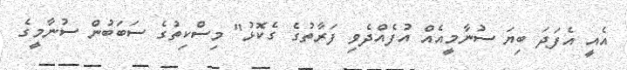
އެއީ އެފަދަ ބިޔަ ސުނާމީއެއް އުފެއްދެވި ފަރާތުގެ ގެކޮޅު" މިސްކިތުގެ ސަބަބުން ސުނާމީގެ